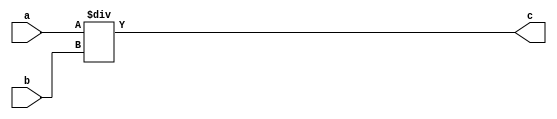
`timescale 1ns / 1ps
//////////////////////////////////////////////////////////////////////////////////
// Company: 
// Engineer: 
// 
// Design Name: 
// Module Name:    chu 
// Project Name: 
// Target Devices: 
// Tool versions: 
// Description: 
//
// Dependencies: 
//
// Revision: 
// Revision 0.01 - File Created
// Additional Comments: 
//
//////////////////////////////////////////////////////////////////////////////////
module chu(
    input [31:0] a,
    input [31:0] b,
    output [31:0] c
    );
	 assign c = a / b;


endmodule